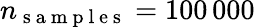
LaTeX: n_{\mathrm{~s~a~m~p~l~e~s~}}=100\, 000